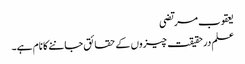
یعقوب مرتضی
علم درحقیقت چیزوں کے حقائق جاننے کا نام ہے۔